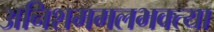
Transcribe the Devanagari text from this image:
अनिशममलभक्त्या